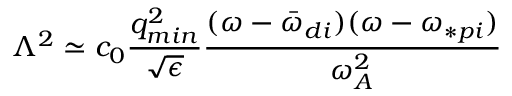
\Lambda ^ { 2 } \simeq c _ { 0 } \frac { q _ { m i n } ^ { 2 } } { \sqrt { \epsilon } } \frac { ( \omega - \bar { \omega } _ { d i } ) ( \omega - \omega _ { \ast p i } ) } { \omega _ { A } ^ { 2 } }